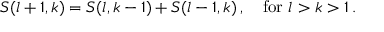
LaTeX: S ( l + 1 , k ) = S ( l , k - 1 ) + S ( l - 1 , k ) \, , \quad \mathrm { f o r ~ } l > k > 1 \, .